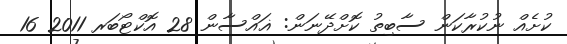
ކުށެއް ނުކުރާކަން ސާބިތު ކޮށްދޭނަން: ޣައްސާން 28 އޮކްޓޯބަރ 2011 16